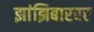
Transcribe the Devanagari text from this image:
झांझिबारवर